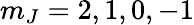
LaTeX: m_{J}=2,1,0,-1